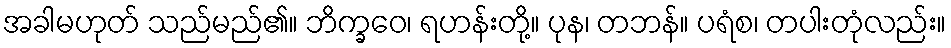
အခါမဟုတ် သည်မည်၏။ ဘိက္ခဝေ၊ ရဟန်းတို့။ ပုန၊ တဘန်။ ပရံစ၊ တပါးတုံလည်း။